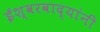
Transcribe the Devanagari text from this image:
ईश्वरवाद्यांनी